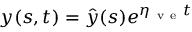
y ( s , t ) = \hat { y } ( s ) e ^ { \eta _ { \mathrm { ~ v ~ e ~ } } t }